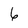
Character: 6